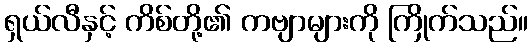
ရှယ်လီနှင့် ကိစ်တို့၏ ကဗျာများကို ကြိုက်သည်။